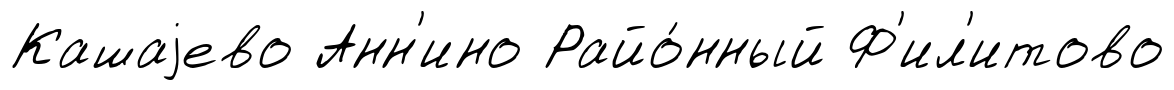
Кашаjево Анн'ино Райо́нный Ф'ил'итово